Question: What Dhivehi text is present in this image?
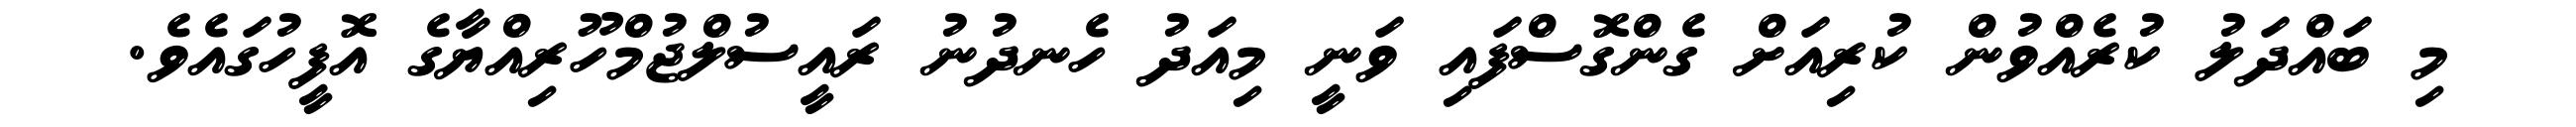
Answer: މި ބައްދަލު ކުރެއްވުން ކުރިއަށް ގެންގޮސްފައި ވަނީ މިއަދު ހެނދުނު ރައީސުލްޖުމްހޫރިއްޔާގެ އޮފީހުގައެވެ.